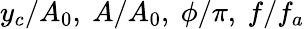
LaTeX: y_{c}/A_{0},~A/A_{0},~\phi/\pi,~f/f_{a}